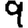
Digit: 9